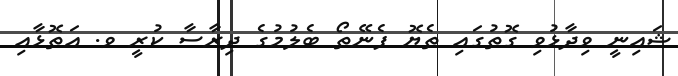
ޝައިނީ ވިދާޅުވި ގޮތުގައި ތެޔޮ ފެނޭތޯ ބެލުމުގެ ދިރާސާ ކުރީ ވ. އަތޮޅާއި